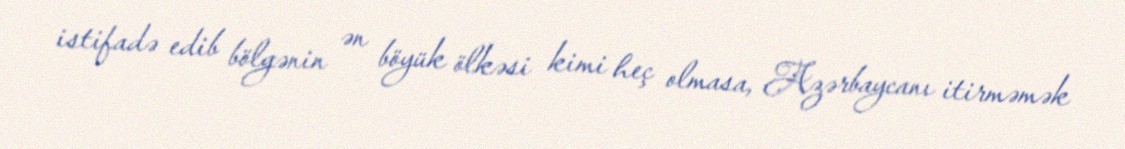
istifadə edib bölgənin ən böyük ölkəsi kimi heç olmasa, Azərbaycanı itirməmək